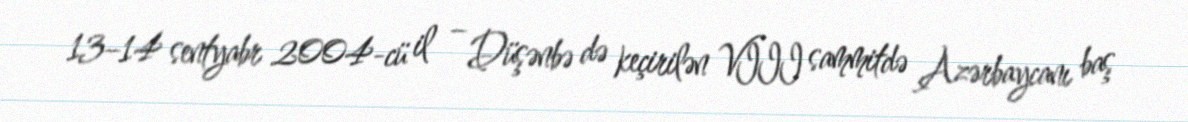
13–14 sentyabr 2004-cü il – Düşənbə də keçirilən VIII sammitdə Azərbaycanı baş